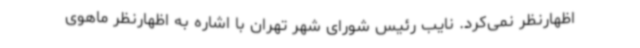
اظهارنظر نمی‌کرد. نایب رئیس شورای شهر تهران با اشاره به اظهارنظر ماهوی